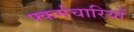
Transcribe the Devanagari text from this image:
फ्कर्मचारियों